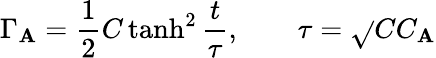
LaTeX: \Gamma_{\mathbf{A}}=\frac{{1}}{{2}}C\operatorname{tanh}^{2}\frac{{t}}{{\tau}},\qquad\tau=\sqrt{}{{CC_{\mathbf{A}}}}